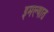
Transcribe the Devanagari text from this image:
इमल्यात